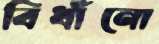
বিধাঁনো